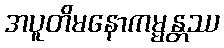
အပူတိမနောကမ္မန္တဿ